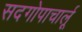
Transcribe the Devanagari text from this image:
सदगोपाचार्लू